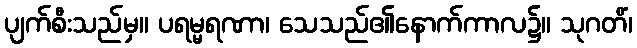
ပျက်စီးသည်မှ။ ပရမ္မရဏာ၊ သေသည်၏နောက်ကာလ၌။ သုဂတိံ၊